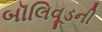
બૉલિવૂડની